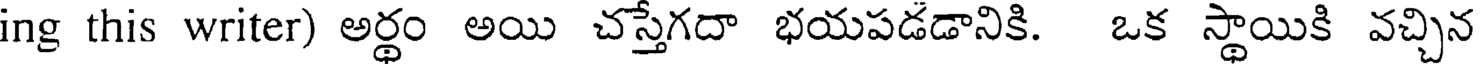
ing this writer) అర్థం అయి చస్తేగదా భయపడడానికి. ఒక స్థాయికి వచ్చిన